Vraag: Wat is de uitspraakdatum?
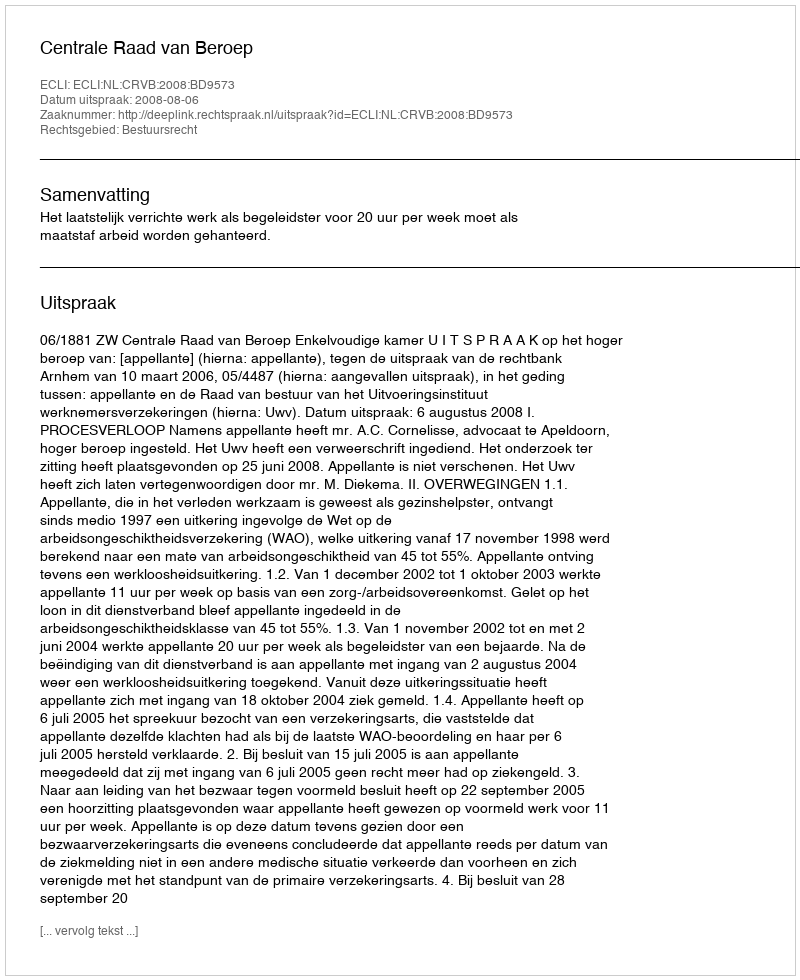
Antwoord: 2008-08-06